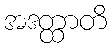
အဒတ္ထာတိ